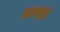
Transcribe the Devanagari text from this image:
बावज्यूत